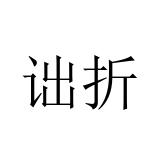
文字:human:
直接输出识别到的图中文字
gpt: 诎折